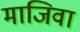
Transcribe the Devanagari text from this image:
माजिवा